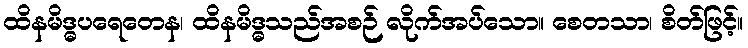
ထိနမိဒ္ဓပရေတေန၊ ထိနမိဒ္ဓသည်အစဉ် လိုက်အပ်သော။ စေတသာ၊ စိတ်ဖြင့်။